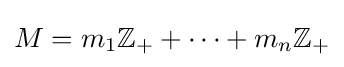
M=m_{1}\mathbb {Z_{+}} +\dots +m_{n}\mathbb {Z_{+}}